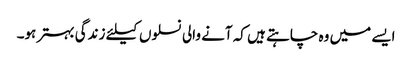
ایسے میں وہ چاہتے ہیں کہ آنے والی نسلوں کیلئے زندگی بہتر ہو۔